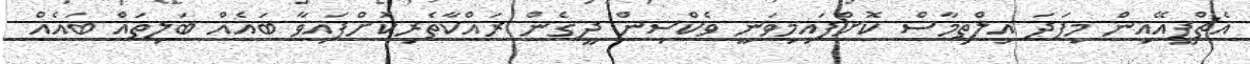
އެޗްޕީއޭއިން މިފަދަ އިލްތިމާސް ކޮށްފައިމިވަނީ ވެކްސިން ދީގެން ރައްކާތެރިކޮށްފައިވާ ބައެއް ބަލިތައް ބައެއް